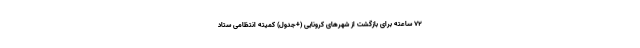
۷۲ ساعته برای بازگشت از شهر‌های کرونایی (+جدول) کمیته انتظامی ستاد